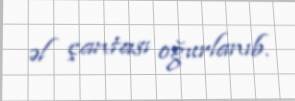
əl çantası oğurlanıb.